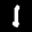
Label: 1